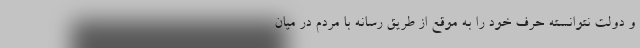
و دولت نتوانسته حرف خود را به موقع از طریق رسانه با مردم در میان